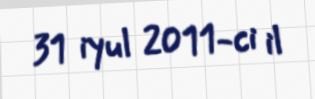
31 iyul 2011-ci il